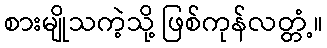
စားမျိုသကဲ့သို့ ဖြစ်ကုန်လတ္တံ့။